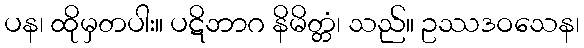
ပန၊ ထိုမှတပါး။ ပဋိဘာဂ နိမိတ္တံ၊ သည်။ ဥဿဒဝသေန၊